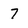
Character: 7